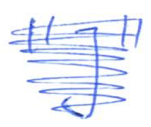
Text: "J"
Cross-out: mix
Writing tool: ballpoint